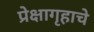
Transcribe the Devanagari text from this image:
प्रेक्षागृहाचे